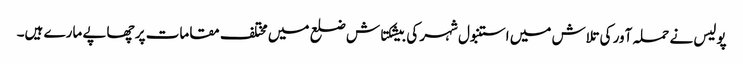
پولیس نے حملہ آور کی تلاش میں استنبول شہر کی بیشکتاش ضلع میں مختلف مقامات پر چھاپے مارے ہیں۔